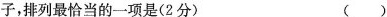
子，排列最恰当的一项是(2分) ( )